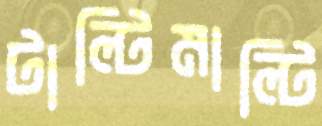
টাল্টিমাল্টি